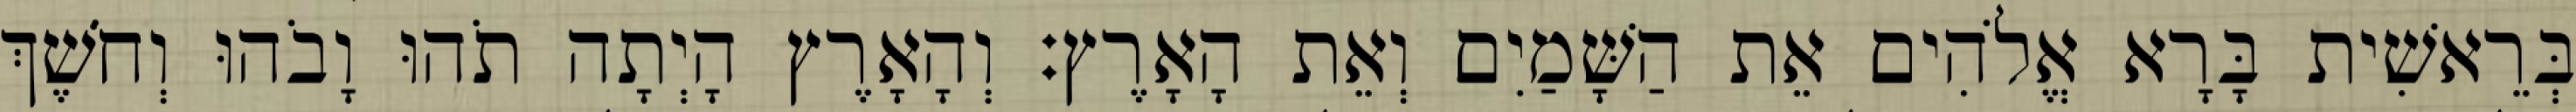
בְּרֵאשִׁית בָּרָא אֱלֹהִים אֵת הַשָּׁמַיִם וְאֵת הָאָרֶץ׃ וְהָאָרֶץ הָיְתָה תֹהוּ וָבֹהוּ וְחֹשֶׁךְ